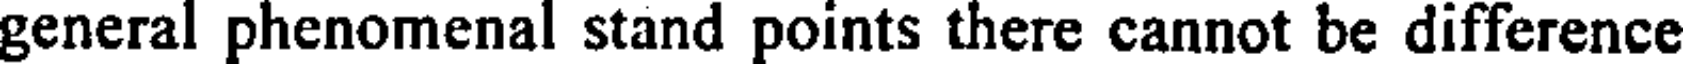
general phenomenal stand points there cannot be difference